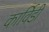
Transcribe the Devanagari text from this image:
कार्विडी